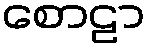
စောဠာ